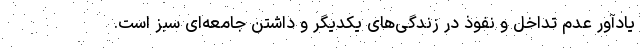
یادآور عدم تداخل و نفوذ در زندگی‌های یکدیگر و داشتن جامعه‌ای سبز است.